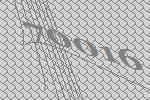
70016